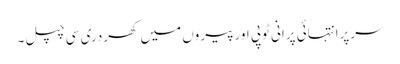
سرپرانتہائی پرانی ٹوپی اورپیروں میں کھردری سی چپل۔